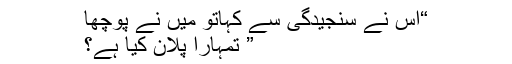
“اس نے سنجیدگی سے کہاتو میں نے پوچھا
” تمہارا پلان کیا ہے؟